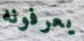
يعرفونه